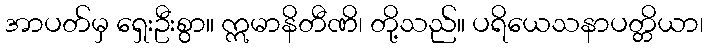
အာပတ်မှ ရှေးဦးစွာ။ ဣမာနိတီဏိ၊ တို့သည်။ ပရိယေသနာပတ္တိယာ၊